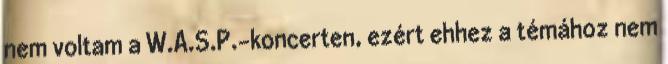
nem voltam a W.A.S.P.-koncerten, ezért ehhez a témához nem